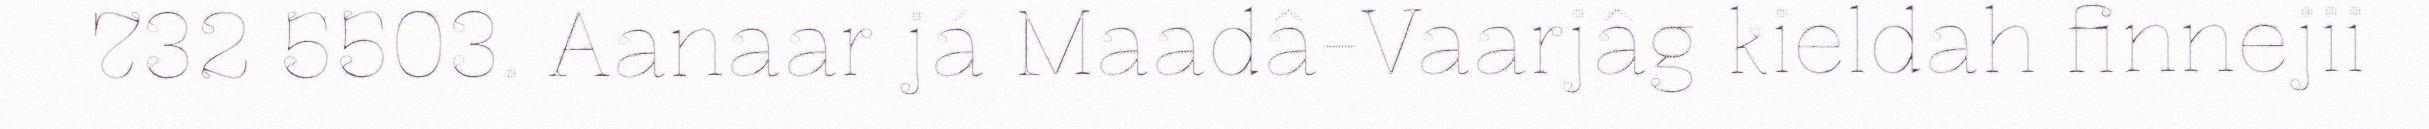
732 5503. Aanaar já Maadâ-Vaarjâg kieldah finnejii